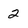
Character: 2